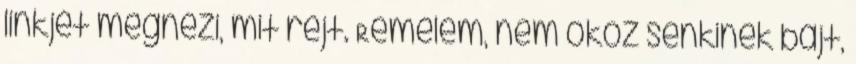
linkjét megnézi, mit rejt. Remélem, nem okoz senkinek bajt,